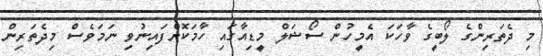
މި ދެތަރިންގެ ލޯބީގެ ވާހަކަ އެމީހުން ސޯޝަލް މީޑިއާގައި ހާމަކޮށްފައިނުވި ނަމަވެސް މިދެތަރިން